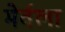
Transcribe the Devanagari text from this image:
मेर्वला